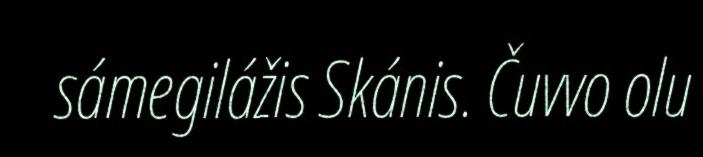
sámegilážis Skánis. Čuvvo olu